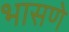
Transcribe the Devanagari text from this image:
भासणे